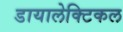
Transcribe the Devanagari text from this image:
डायालेक्टिकल